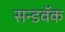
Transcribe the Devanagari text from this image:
सन्डवॅक